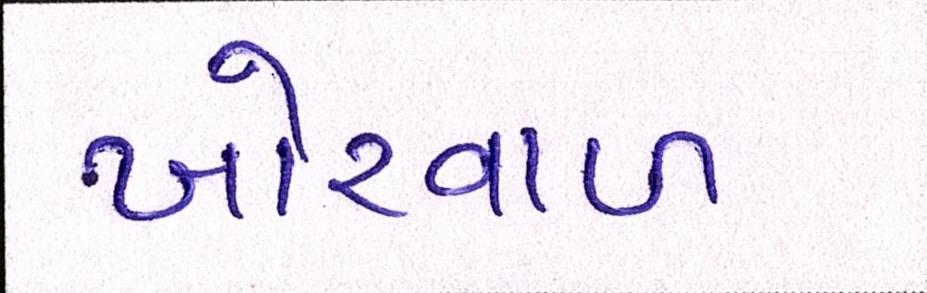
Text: ખોરવાળ